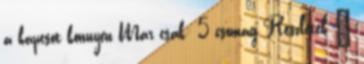
a kapcsot könnyen Már csak: 5 csomag Részletek »